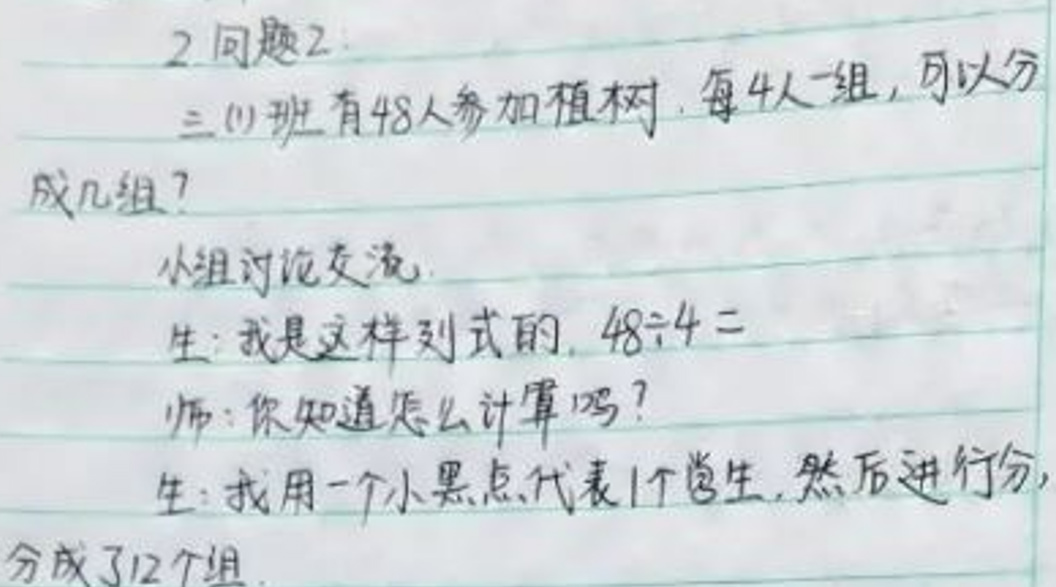

2.问题2：

三(1)班有48人参加植树，每4人一组，可以分成几组？

小组讨论交流

生：我是这样列式的，$48\div4 =$

师：你知道怎么计算吗？

生：我用一个小黑点代表1个学生，然后进行分，分成了12个组。